Lunatic asylums Central Provinces reports 1886-1894 - 1886-1894
Year: 1886
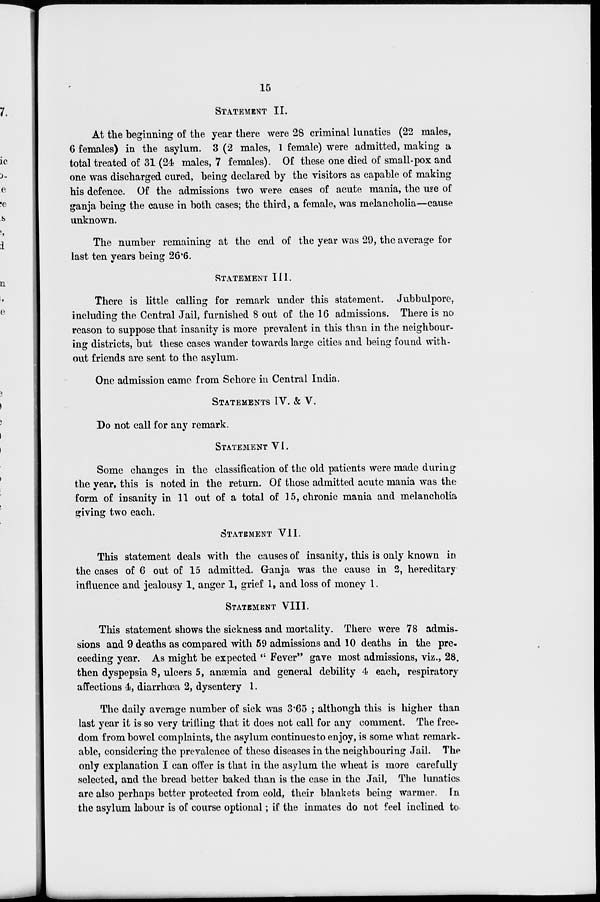
15
STATEMENT II.
At the beginning of the year there were 28 criminal lunatics (22 males,
6 females) in the asylum. 3 (2 males, 1 female) were admitted, making a
total treated of 31 (24 males, 7 females). Of these one died of small-pox and
one was discharged cured, being declared by the visitors as capable of making
his defence. Of the admissions two were cases of acute mania, the use of
ganja being the cause in both cases; the third, a female, was melancholia—cause
unknown.
The number remaining at the end of the year was 29, the average for
last ten years being 26.6.
STATEMENT III.
There is little calling for remark under this statement. Jubbulpore,
including the Central Jail, furnished 8 out of the 16 admissions. There is no
reason to suppose that insanity is more prevalent in this than in the neighbour-
ing districts, but these cases wander towards large cities and being found with-
out friends are sent to the asylum.
One admission came from Sehore in Central India.
STATEMENTS IV. & V.
Do not call for any remark.
STATEMENT VI.
Some changes in the classification of the old patients were made during
the year, this is noted in the return. Of those admitted acute mania was the
form of insanity in 11 out of a total of 15, chronic mania and melancholia
giving two each.
STATEMENT VII.
This statement deals with the causes of insanity, this is only known in
the cases of 6 out of 15 admitted. Ganja was the cause in 2, hereditary
influence and jealousy 1. anger 1, grief 1, and loss of money 1.
STATEMENT VIII.
This statement shows the sickness and mortality. There were 78 admis-
sions and 9 deaths as compared with 59 admissions and 10 deaths in the pre.
ceeding year. As might be expected " Fever" gave most admissions, viz., 28.
then dyspepsia 8, ulcers 5, anæmia and general debility 4 each, respiratory
affections 4, diarrhœa 2, dysentery 1.
The daily average number of sick was 3.65 ; although this is higher than
last year it is so very trifling that it does not call for any comment. The free-
dom from bowel complaints, the asylum continuesto enjoy, is some what remark-
able, considering the prevalence of these diseases in the neighbouring Jail. The
only explanation I can offer is that in the asylum the wheat is more carefully
selected, and the bread better baked than is the case in the Jail, The lunatics
are also perhaps better protected from cold, their blankets being warmer. In
the asylum labour is of course optional; if the inmates do not feel inclined to